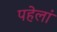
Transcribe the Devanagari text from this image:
पहेलां